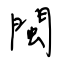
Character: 閩